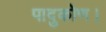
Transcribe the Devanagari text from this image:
पादुकोण।